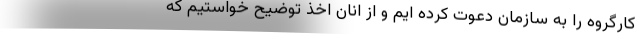
کارگروه را به سازمان دعوت کرده ایم و از انان اخذ توضیح خواستیم که